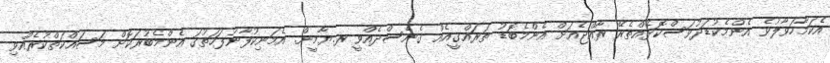
އެކަމާހަވާލުވެ އެންމެކުޑަދުވަސްކޮޅެއްތެރޭ ރާއްޖެއަށް އެންމެބޮޑު ތަރައްގީއެއް ގެނެސްދެއްވީ ރ.ޔާމީން. އެމަނިކުފާނުފަހަތުގަ އެންމެބުރަކޮށް މަސައްކަތްކުރެއްވި